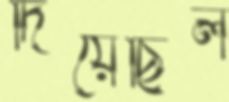
দিয়েছিল